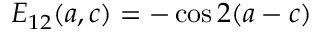
E _ { 1 2 } ( a , c ) = - \cos 2 ( a - c )